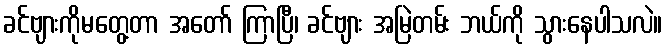
ခင်ဗျားကိုမတွေ့တာ အတော် ကြာပြီ၊ ခင်ဗျား အမြဲတမ်း ဘယ်ကို သွားနေပါသလဲ။